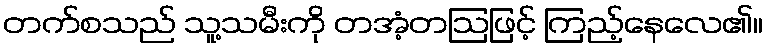
တက်စသည် သူ့သမီးကို တအံ့တဩဖြင့် ကြည့်နေလေ၏။